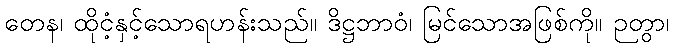
တေန၊ ထိုငံ့နှင့်သောရဟန်းသည်။ ဒိဋ္ဌဘာဝံ၊ မြင်သောအဖြစ်ကို။ ဉတွာ၊